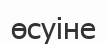
өсуіне